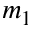
m _ { 1 }